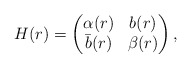
\begin{align*}H(r)= \begin{pmatrix} \alpha(r) & b(r) \\ \bar b(r) & \beta(r) \end{pmatrix},\end{align*}